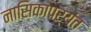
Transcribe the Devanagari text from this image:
नासिकापर्यंत